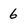
Character: 6